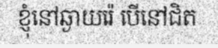
ខ្ញុំនៅឆ្ងាយរ៉េ បើនៅជិត